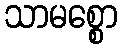
သာမစ္စော